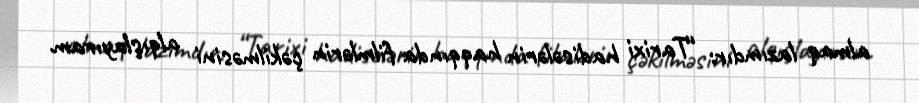
almaq lazımdır: “Tarixi hadisələrin haqqında filmlərin çəkilməsini alqışlayıram.